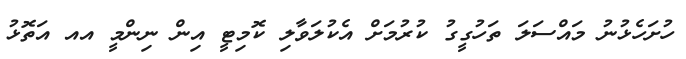
ހުށަހެޅުނު މައްސަލަ ތަހުގީގު ކުރުމަށް އެކުލަވާލި ކޮމިޓީ އިން ނިންމީ އއ އަތޮޅު